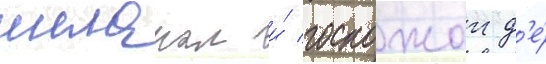
шеланом и́ госпожои д'е́